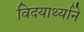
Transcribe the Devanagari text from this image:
विदयार्थ्‍याने